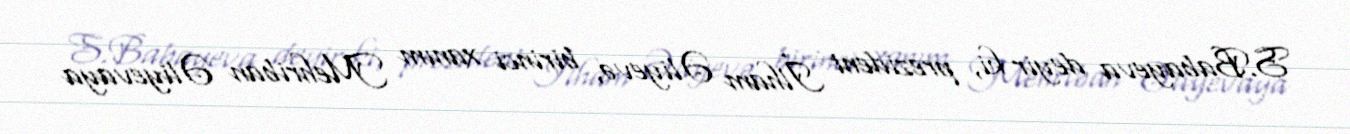
S.Babayeva deyir ki, prezident İlham Əliyevə, birinci xanım Mehriban Əliyevaya